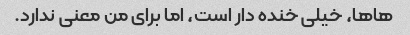
هاها، خیلی خنده دار است، اما برای من معنی ندارد.